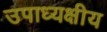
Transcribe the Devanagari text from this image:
उपाध्यक्षीय